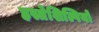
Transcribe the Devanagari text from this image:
हस्तेशिल्पियों